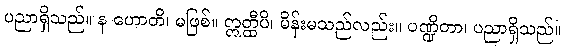
ပညာရှိသည်။ န ဟောတိ၊ မဖြစ်။ ဣတ္ထီပိ၊ မိန်းမသည်လည်း။ ပဏ္ဍိတာ၊ ပညာရှိသည်။